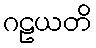
ဂဠယတိ